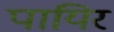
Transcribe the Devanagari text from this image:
पायिर